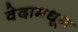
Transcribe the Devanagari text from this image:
वेदामधून